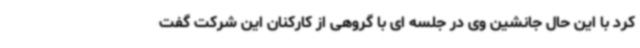
کرد با این حال جانشین وی در جلسه ای با گروهی از کارکنان این شرکت گفت